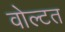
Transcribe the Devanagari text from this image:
वोल्टत